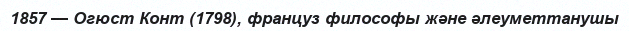
1857 — Огюст Конт (1798), француз философы және әлеуметтанушы